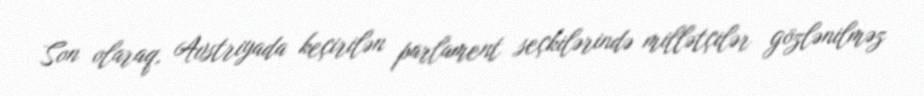
Son olaraq, Avstriyada keçirilən parlament seçkilərində millətçilər gözlənilməz